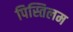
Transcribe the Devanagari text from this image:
पिस्तिलम